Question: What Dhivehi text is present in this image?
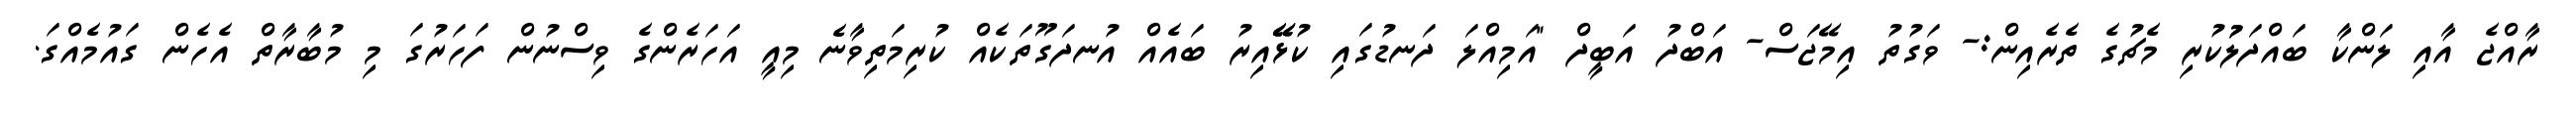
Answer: ރާއްޖެ އާއި ލަންކާ ބައްދަލުުކުރި މެޗުގެ ތެރެއިން:- ވަގުތު އިމޭޖަސް- އަބްދު އަބީދް "އަމިއްލަ ދަނޑުގައި ކުޅޭޭއިރު ބައެއް އުނދަގޫތަކެއް ކުރިމަތިވާނެ މިއީ އަހަރެންގެ ވިސްނުން ފަހަރުގަ މި މުބާރާތް އެހެން ގައުމެއްގަ.